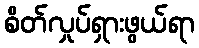
စိတ်လှုပ်ရှားဖွယ်ရာ